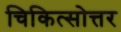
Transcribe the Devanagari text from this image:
चिकित्सोत्तर